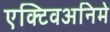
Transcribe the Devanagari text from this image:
एक्टिवअनिमे